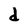
Character: d